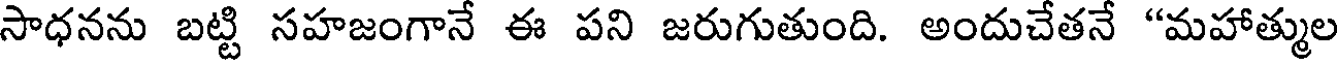
సాధనను బట్టి సహజంగానే ఈ పని జరుగుతుంది. అందుచేతనే "మహాత్ముల